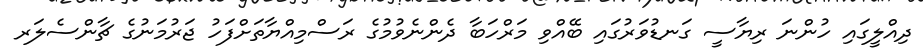
ދިއްލީގައި ހުންނަ ރިޔާސީ ގަނޑުވަރުގައި ބޭއްވި މަރްހަބާ ދެންނެވުމުގެ ރަސްމިއްޔާތަށްފަހު ޖަރުމަނުގެ ޗާންސެލަރ